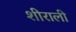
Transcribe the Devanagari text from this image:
शीराली